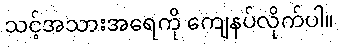
သင့်အသားအရေကို ကျေနပ်လိုက်ပါ။